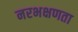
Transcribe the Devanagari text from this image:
नरभक्षणता